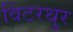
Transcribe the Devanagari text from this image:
विंटरथुर